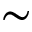
\sim